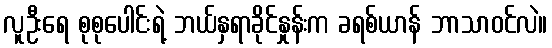
လူဦးရေ စုစုပေါင်းရဲ့ ဘယ်နှရာခိုင်နှုန်းက ခရစ်ယာန် ဘာသာဝင်လဲ။